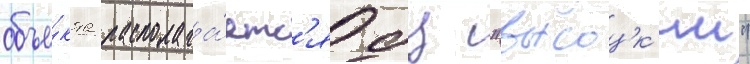
объе́кта располага́етс'я бц "высоцк'ии"